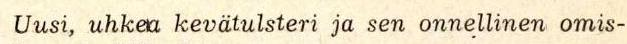
Uusi, uhkea kevätulsteri ja sen onnellinen omis-